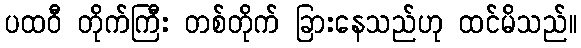
ပထဝီ တိုက်ကြီး တစ်တိုက် ခြားနေသည်ဟု ထင်မိသည်။